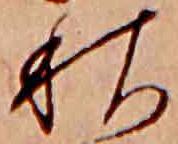
秋